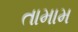
તામામ